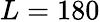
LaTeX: L=180